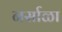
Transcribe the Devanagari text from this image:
नर्साळा